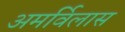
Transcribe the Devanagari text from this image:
अमर्विलास